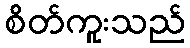
စိတ်ကူးသည်